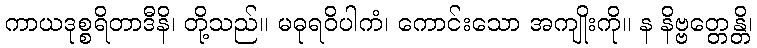
ကာယဒုစ္စရိတာဒီနိ၊ တို့သည်။ မဓုရဝိပါကံ၊ ကောင်းသော အကျိုးကို။ န နိဗ္ဗတ္တေန္တိ၊